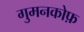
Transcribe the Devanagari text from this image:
गुमनकोफ़